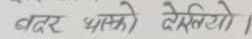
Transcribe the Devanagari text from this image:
बदर धासको देखियो।